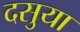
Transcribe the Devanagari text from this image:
दसुया